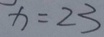
x = 2 3